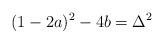
LaTeX: \begin{align*} (1-2a)^2-4b=\Delta^2 \end{align*}